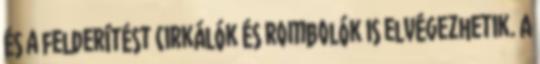
és a felderítést cirkálók és rombolók is elvégezhetik. A